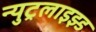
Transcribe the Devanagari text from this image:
न्युट्रलाइझ्ड